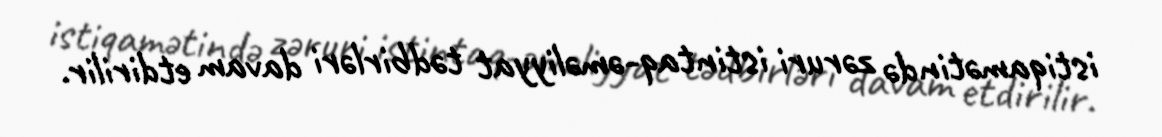
istiqamətində zəruri istintaq-əməliyyat tədbirləri davam etdirilir.